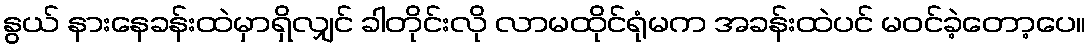
နွယ် နားနေခန်းထဲမှာရှိလျှင် ခါတိုင်းလို လာမထိုင်ရုံမက အခန်းထဲပင် မဝင်ခဲ့တော့ပေ။